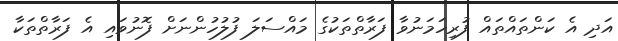
އަދި އެ ކަންތައްތައް ފުރިހަމަނުވާ ފަރާތްތަކުގެ މައްސަލަ ފުލުހުންނަށް ފޮނުވައި އެ ފަރާތްތަކާ